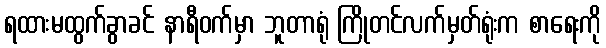
ရထားမထွက်ခွာခင် နာရီဝက်မှာ ဘူတာရုံ ကြိုတင်လက်မှတ်ရုံးက စာရေးကို